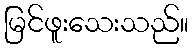
မြင်ဖူးသေးသည်။